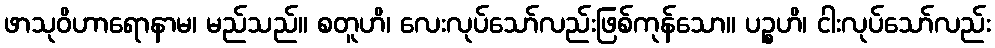
ဖာသုဝိဟာရောနာမ၊ မည်သည်။ စတူဟိ၊ လေးလုပ်သော်လည်းဖြစ်ကုန်သော။ ပဉ္စဟိ၊ ငါးလုပ်သော်လည်း